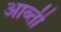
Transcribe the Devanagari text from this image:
आब्ती